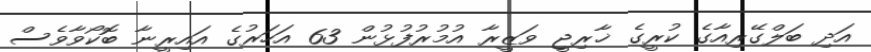
އަދި ބަލްގޭރިއާގެ ކުރީގެ ޚާރިޖީ ވަޒީރާ އުމުރުފުޅުން 63 އަހަރުގެ އައިރީނާ ބޮކޯވާވެސް